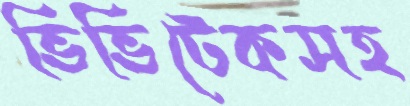
ভিভিটেকসহ